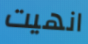
انهيت